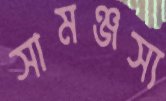
সামঞ্জস্য